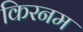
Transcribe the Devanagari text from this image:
किरनम